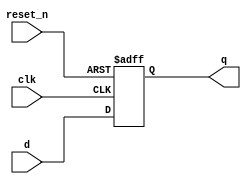
module _dff_r(clk, reset_n, d, q); //resettable D Flip-flop
  input clk, reset_n;
  input [1:0] d;
  output reg [1:0] q;
  
  always@(posedge clk or negedge reset_n)
  begin
    if(reset_n==0) q<=2'b0;
	 else q<=d;
  end
  
endmodule